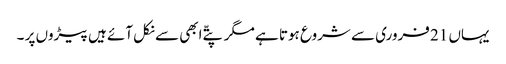
یہاں 21 فروری سے شروع ہوتا ہے مگر پتّے ابھی سے نکل آئے ہیں پیڑوں پر ۔